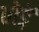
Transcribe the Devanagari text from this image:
तोड़ें